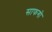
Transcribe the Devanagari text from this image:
साफगो